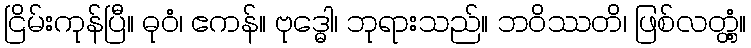
ငြိမ်းကုန်ပြီ။ ဓုဝံ၊ ဧကန်။ ဗုဒ္ဓေါ၊ ဘုရားသည်။ ဘဝိဿတိ၊ ဖြစ်လတ္တံ့။